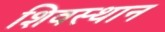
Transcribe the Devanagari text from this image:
शिवस्थान